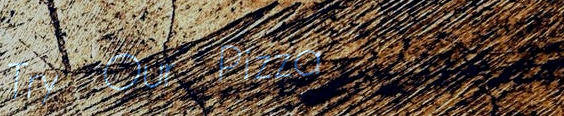
Try Our Pizza